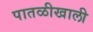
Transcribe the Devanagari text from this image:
पातळीखाली